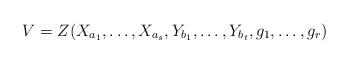
LaTeX: \begin{align*}V= Z(X_{a_{1}}, \dotsc , X_{a_{s}}, Y_{b_{1}}, \dotsc , Y_{b_{t}}, g_{1}, \dotsc , g_{r})\end{align*}